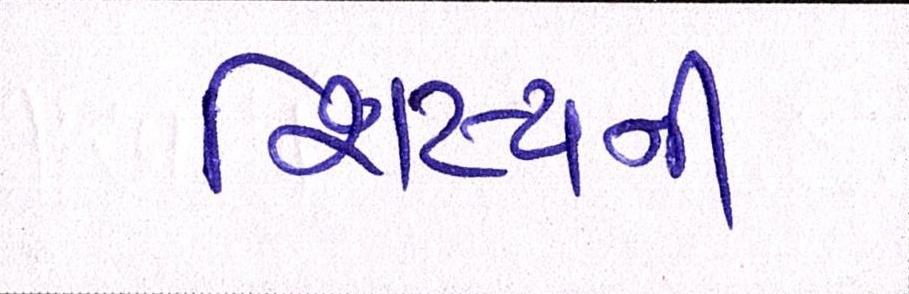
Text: શિષ્યની